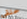
حلقي